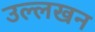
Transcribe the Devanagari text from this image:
उल्लखन